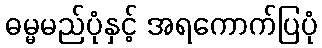
ဓမ္မမည်ပုံနှင့် အရကောက်ပြပုံ